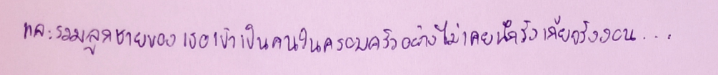
และรวมลูกชายของเธอเข้าเป็นคนในครอบครัวอย่างไม่เคยนึกรังเกียจรังงอน...